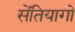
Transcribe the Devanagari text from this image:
सेंतियागो